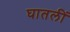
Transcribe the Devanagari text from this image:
घातलीं